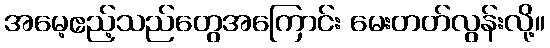
အမေ့ဧည့်သည်တွေအကြောင်း မေးတတ်လွန်းလို့။